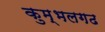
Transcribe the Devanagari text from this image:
कुम्‍भलगढ